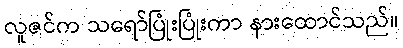
လူဇင်က သရော်ပြုံးပြုံးကာ နားထောင်သည်။